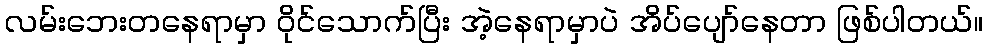
လမ်းဘေးတနေရာမှာ ဝိုင်သောက်ပြီး အဲ့နေရာမှာပဲ အိပ်ပျော်နေတာ ဖြစ်ပါတယ်။